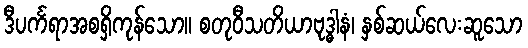
ဒီပင်္ကရာအစရှိကုန်သော။ စတုဝီသတိယာဗုဒ္ဓါနံ၊ နှစ်ဆယ်လေးဆူသော